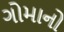
ગોમાનો